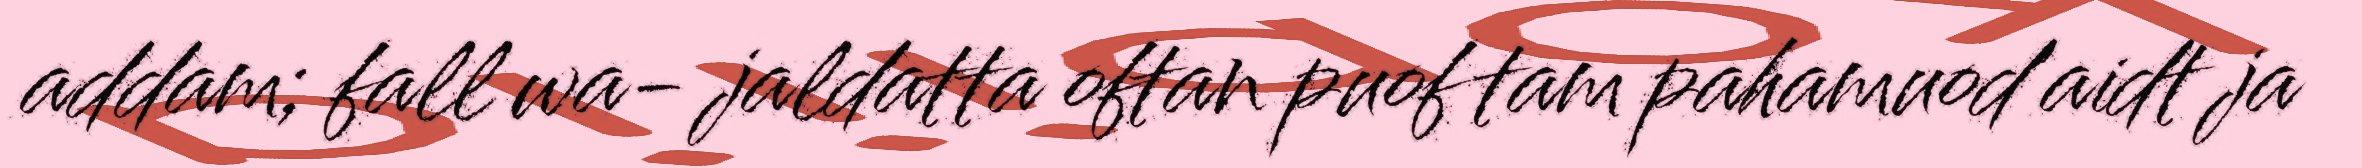
addam; fall wa- jaldatta oftan puof tam pahamuod'aidt ja